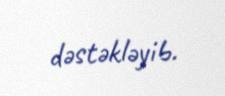
dəstəkləyib.